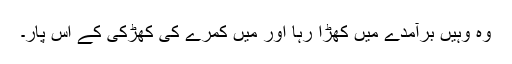
وہ وہیں برآمدے میں کھڑا رہا اور میں کمرے کی کھڑکی کے اس پار۔